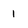
Character: 1